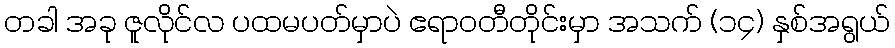
တခါ အခု ဇူလိုင်လ ပထမပတ်မှာပဲ ဧရာဝတီတိုင်းမှာ အသက် (၁၄) နှစ်အရွယ်